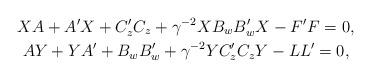
LaTeX: \begin{gather*} XA+A'X+C'_zC_z+\gamma^{-2}XB_wB'_wX-F'F=0, \\ AY+YA'+B_wB'_w+\gamma^{-2}YC'_zC_zY-LL'=0,\end{gather*}